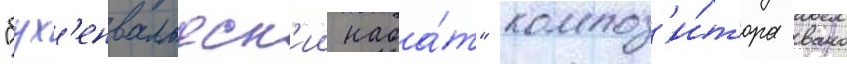
"бух'енвальдск'ии наба́т" композ'и́тора вано